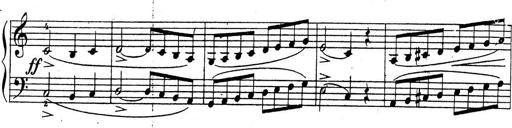
Title: 10 Sonatinas
Composer: Fritz Spindler